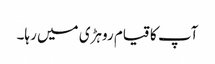
آپ کا قیام روہڑی میں رہا۔